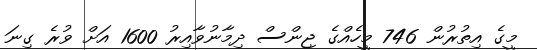
މީގެ އިތުރުން 746 މީހެއްގެ ޖިންސް ދިމާނުވާއިރު 1600 އަށް ވުރެ ގިނަ